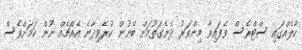
ހާލެއްގައި ސްޓްރެސް ވެފައިވާ މިންވަރު ދެނެގަތުމަށް ބޭނުން ކުރެވިދާނެ އެއްޗެއް ނޫން ކަމަށްވެސް